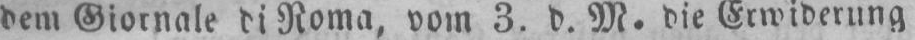
Roma, vom 3. d. M. die Erwiderung